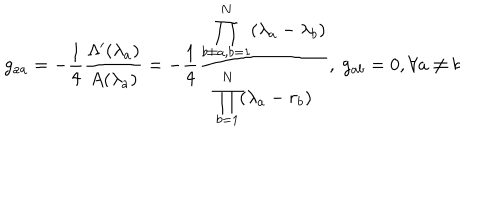
g _ { a a } = - \frac { 1 } { 4 } \frac { \Lambda ^ { \prime } ( \lambda _ { a } ) } { A ( \lambda _ { a } ) } = - \frac { 1 } { 4 } \frac { \displaystyle \prod _ { b \neq a , b = 1 } ^ { N } ( \lambda _ { a } - \lambda _ { b } ) } { \displaystyle \prod _ { b = 1 } ^ { N } ( \lambda _ { a } - r _ { b } ) } , \ g _ { a b } = 0 , \forall a \neq b